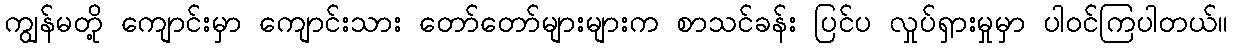
ကျွန်မတို့ ကျောင်းမှာ ကျောင်းသား တော်တော်များများက စာသင်ခန်း ပြင်ပ လှုပ်ရှားမှုမှာ ပါဝင်ကြပါတယ်။